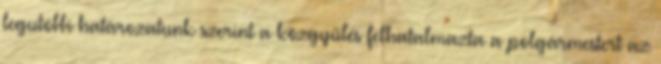
legutóbbi határozatunk szerint a közgyűlés felhatalmazta a polgármestert az